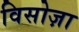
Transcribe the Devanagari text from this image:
विसोज़ा